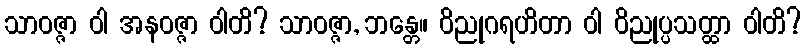
သာဝဇ္ဇာ ဝါ အနဝဇ္ဇာ ဝါတိ? သာဝဇ္ဇာ, ဘန္တေ။ ဝိညုဂရဟိတာ ဝါ ဝိညုပ္ပသတ္ထာ ဝါတိ?